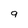
Character: 9